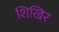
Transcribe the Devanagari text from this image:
शिखिर